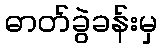
ဓာတ်ခွဲခန်းမှ